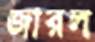
জারল